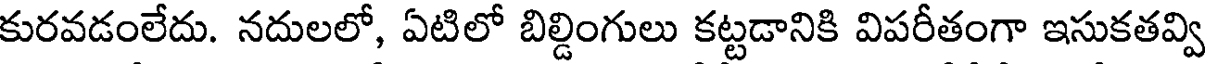
కురవడంలేదు. నదులలో, ఏటిలో బిల్డింగులు కట్టడానికి విపరీతంగా ఇసుకతవ్వి